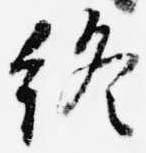
終